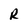
Character: R